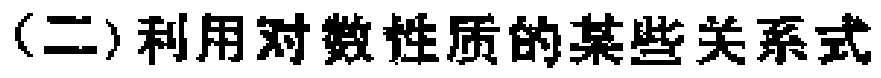
(二)利用对数性质的某些关系式